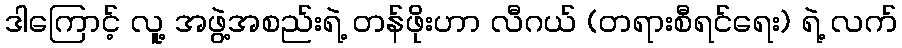
ဒါကြောင့် လူ့ အဖွဲ့အစည်းရဲ့ တန်ဖိုးဟာ လီဂယ် (တရားစီရင်ရေး) ရဲ့ လက်